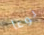
نوعا